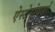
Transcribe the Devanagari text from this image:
ऐस्टेरोयडों